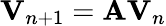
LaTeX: \mathbf{V}_{n+1}=\mathbf{A}\mathbf{V}_{n}